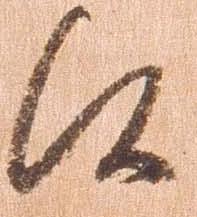
候